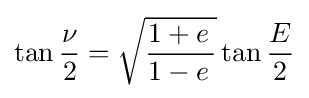
\tan {\nu  \over 2}={\sqrt {{1+e\,} \over {1-e\,}}}\tan {E \over 2}